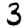
Digit: 3